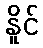
နိူင်